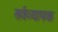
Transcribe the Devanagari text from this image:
सर्वव्‍यापक